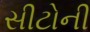
સીટોની